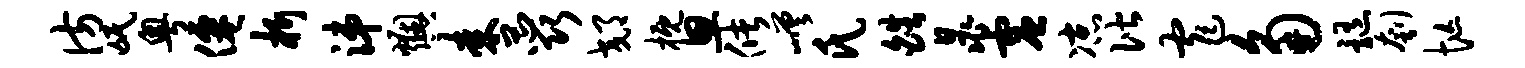
彷氓粤仙析涕燠耒蕊郊概思储嵯氏皓晁虚凉偕窄角髓刳忙